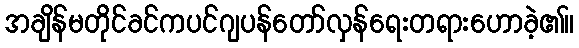
အချိန်မတိုင်ခင်ကပင်ဂျပန်တော်လှန်ရေးတရားဟောခဲ့၏။